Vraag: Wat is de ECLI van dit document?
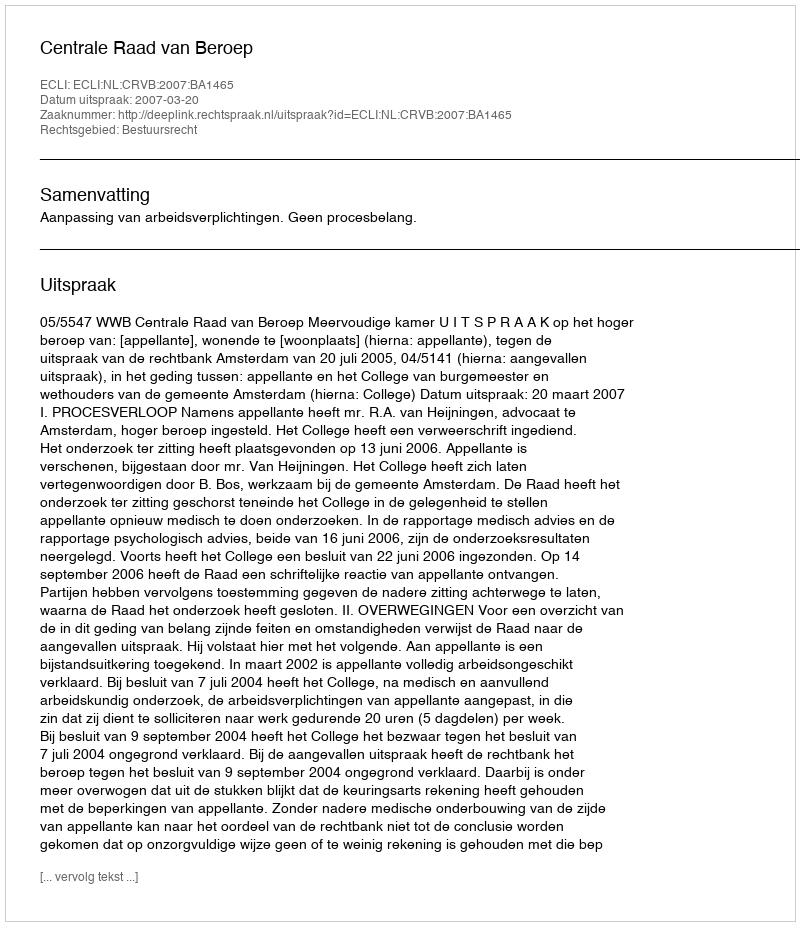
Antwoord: ECLI:NL:CRVB:2007:BA1465